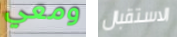
ومعي الاستقبال